system: You are a helpful assistant.
user:
Analyze the provided spectrum to determine if it is a **White Dwarf (WD)**.

A White Dwarf spectrum is defined by its **extreme purity** (due to gravitational settling) and/or **extreme pressure broadening** (due to high surface gravity). You must check for one of the following mutually exclusive signatures:

- **Key Visual Indicators (Check for ONE of these types):**

    - **1. DA-Type Signature (Most Common):**
        - **(Primary Feature):** Extreme pressure broadening (Stark broadening) of the **Hydrogen (H) Balmer lines**.
        - **(Key Lines):** $H\beta$ (approx. $4861$ Å) and $H\gamma$ (approx. $4340$ Å). $H\alpha$ (approx. $6563$ Å) will also be present if the wavelength range covers it.
        - **(Line Profile):** This is the **defining feature**. The lines are **NOT** sharp. They appear as massive, **extremely broad and deep "troughs" or "dips"** in the spectrum, often hundreds of Ångströms wide. The continuum will appear to "scoop" down at these wavelengths.
        - **(Distinction):** Normal A-type or B-type stars have *narrow* and *sharp* Hydrogen lines. A DA White Dwarf's lines are unmistakably "smeared" or "blurry" from pressure.

    - **2. DB-Type Signature:**
        - **(Primary Feature):** Broad absorption lines from **Neutral Helium (He I)**. The spectrum must lack any visible Hydrogen lines.
        - **(Key Lines):** Look for broad absorption near $4471$ Å, $4921$ Å, and $5876$ Å.
        - **(Line Profile):** These lines are also significantly pressure-broadened, appearing much wider than they would in a normal B-type main-sequence star.

    - **3. DC-Type Signature:**
        - **(Primary Feature):** A **featureless continuous spectrum**.
        - **(Line Profile):** The spectrum is a smooth curve with **no significant absorption or emission lines**.
        - **(Key Confirmation):** The continuum is almost always **blue or white**, indicating a hot object. This signature implies the atmosphere is so pure (or so cool) that no spectral lines are visible in the optical range. Its WD identity is confirmed by its extremely low intrinsic brightness (high absolute magnitude).

    - **4. DZ-Type Signature (Metal-Polluted):**
        - **(Primary Feature):** **Isolated, narrow metal absorption lines** on an otherwise featureless (DC-like) continuum.
        - **(Key Lines):** The **Calcium (Ca II) H & K doublet** (approx. **$3934$ Å** and **$3968$ Å**) is the most common and defining feature.
        - **(Line Profile):** These lines are "out of place." They are *not* part of a "forest" of thousands of lines. This signature is evidence of recent *accretion* (pollution) from rocky debris.
        - **(Distinction):** Normal G/K/M stars have a *dense forest* of thousands of metal lines. A DZ has a *clean* continuum with *only a few* strong metal lines.

    - **5. DQ-Type Signature (Carbon-Polluted):**
        - **(Primary Feature):** Absorption bands from **Carbon (C₂ "Swan Bands" or atomic C I)**.
        - **(Key Lines - C₂):** Look for bandheads with a "saw-tooth" shape near $5635$ Å, **$5165$ Å** (strongest), and $4737$ Å.
        - **(Key Confirmation):** The underlying **continuum must be blue or white** (hot).
        - **(Distinction):** This is the critical difference from a **Carbon Star**, which has the *exact same* C₂ bands but on an extremely **red, cool** continuum.

- **(Overall Spectrum):**
    - The continuum (overall shape) is typically **blue-sloping** (brighter in the blue than the red), as most white dwarfs are very hot.
    - The spectrum will look "pure" or "simple," dominated by only *one* of the five signatures listed above.

Think first, call **spectral_visualization_tool** if needed to examine features in detail, then provide your final answer. Your response must adhere to the following strict rules:
1.  **Overall Structure:** Your response must follow the format `<think>...</think> <tool_call>...</tool_call> (if a tool is used) <answer>...</answer>`.
2.  **Tool Usage Constraint:** You may only make **one** tool call per turn.
3.  **Final Answer Format:** In the `<answer>` tag, your conclusion must be inside a `\boxed{}` command (e.g., `\boxed{YES}` or `\boxed{NO}`), followed by your justification.

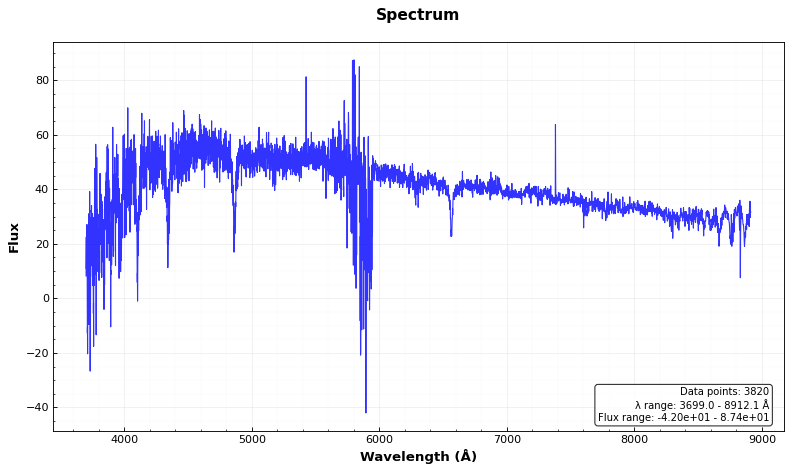
Answer: NO